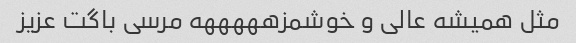
مثل همیشه عالی و خوشمزهههههه مرسی باگت عزیز